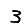
Digit: 3